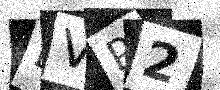
Text: DVP2